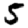
Digit: 5